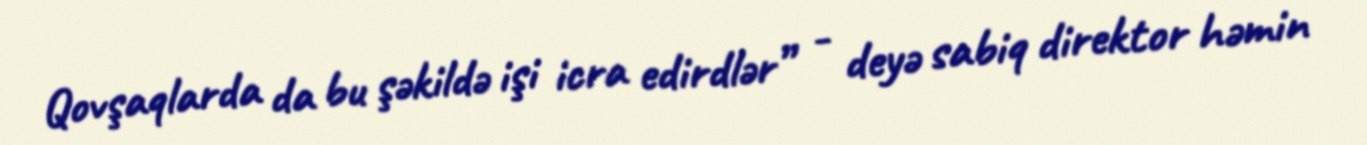
Qovşaqlarda da bu şəkildə işi icra edirdlər” - deyə sabiq direktor həmin